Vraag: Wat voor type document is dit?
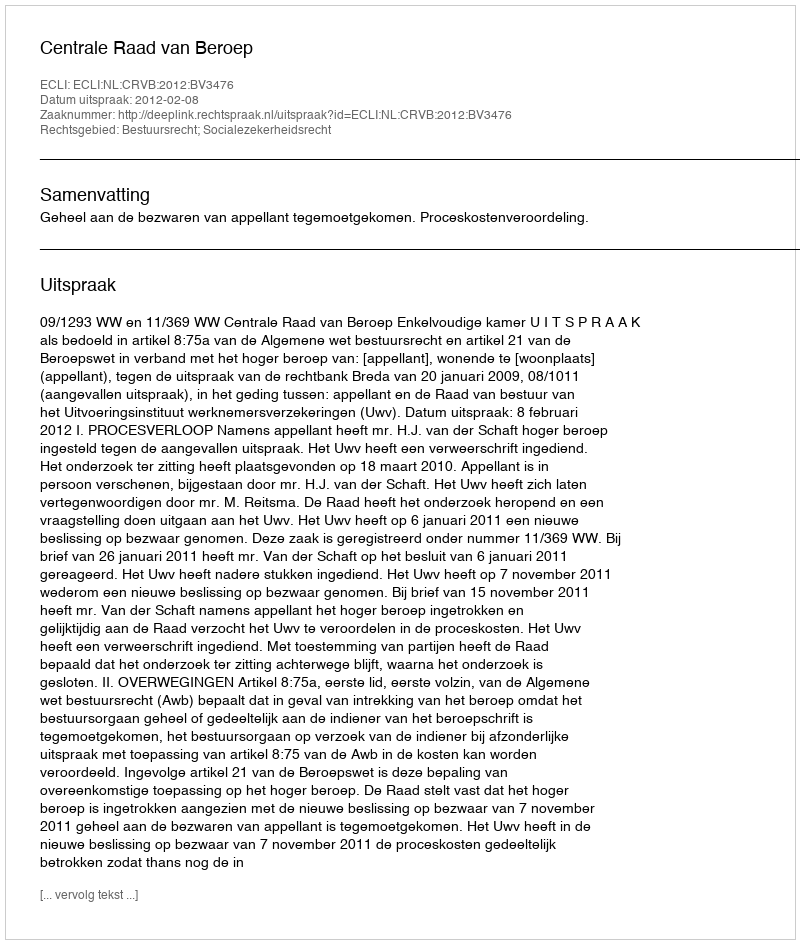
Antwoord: Uitspraak